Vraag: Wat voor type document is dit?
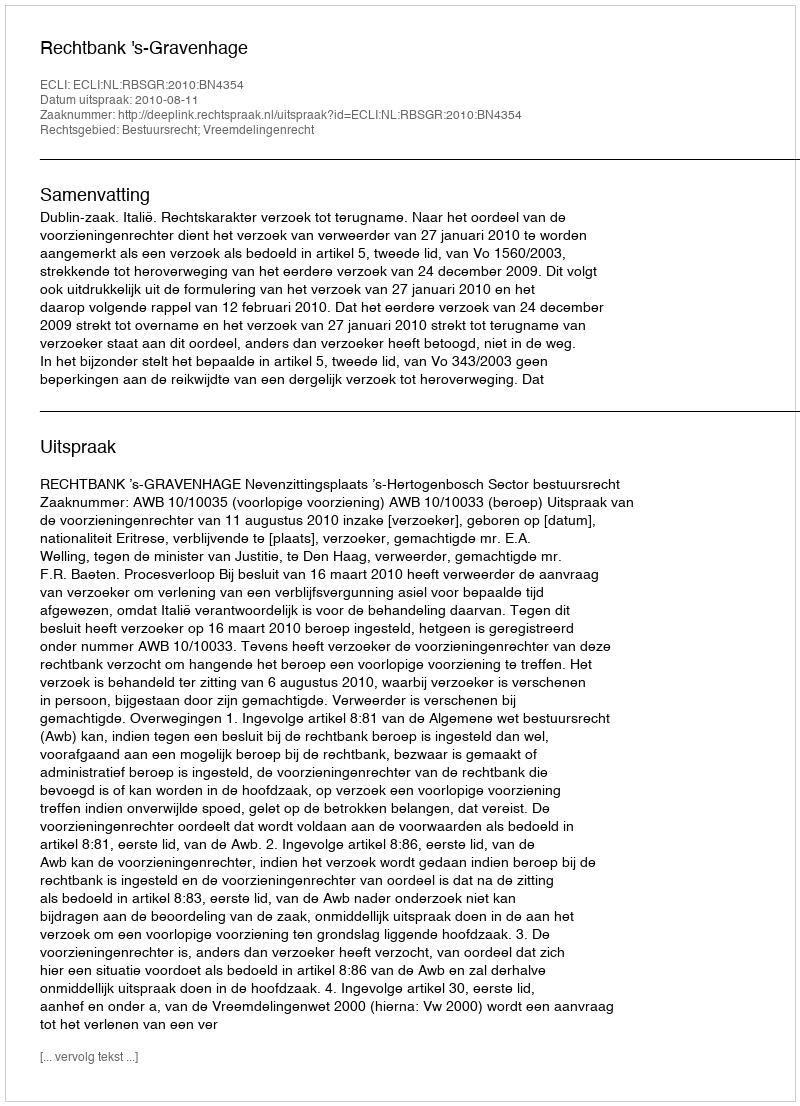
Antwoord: Uitspraak